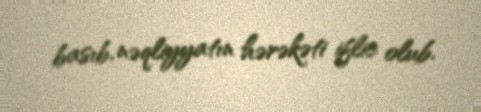
basıb, nəqliyyatın hərəkəti iflic olub.